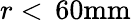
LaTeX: r<\, \mathrm{60mm}